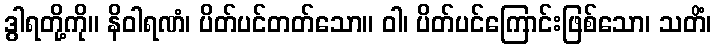
ဒွါရတို့ကို။ နိဝါရဏံ၊ ပိတ်ပင်တတ်သော။ ဝါ၊ ပိတ်ပင်ကြောင်းဖြစ်သော၊ သတိံ၊